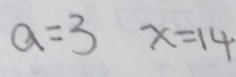
a = 3 x = 1 4